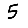
Digit: 5